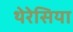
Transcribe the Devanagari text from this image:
थेरेसिया